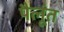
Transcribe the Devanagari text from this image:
पैलूंत